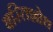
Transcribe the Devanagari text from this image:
बस्तिशोथ